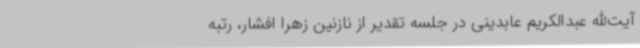
آیت‌الله عبدالکریم عابدینی در جلسه تقدیر از نازنین زهرا افشار، رتبه